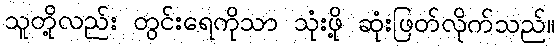
သူတို့လည်း တွင်းရေကိုသာ သုံးဖို့ ဆုံးဖြတ်လိုက်သည်။